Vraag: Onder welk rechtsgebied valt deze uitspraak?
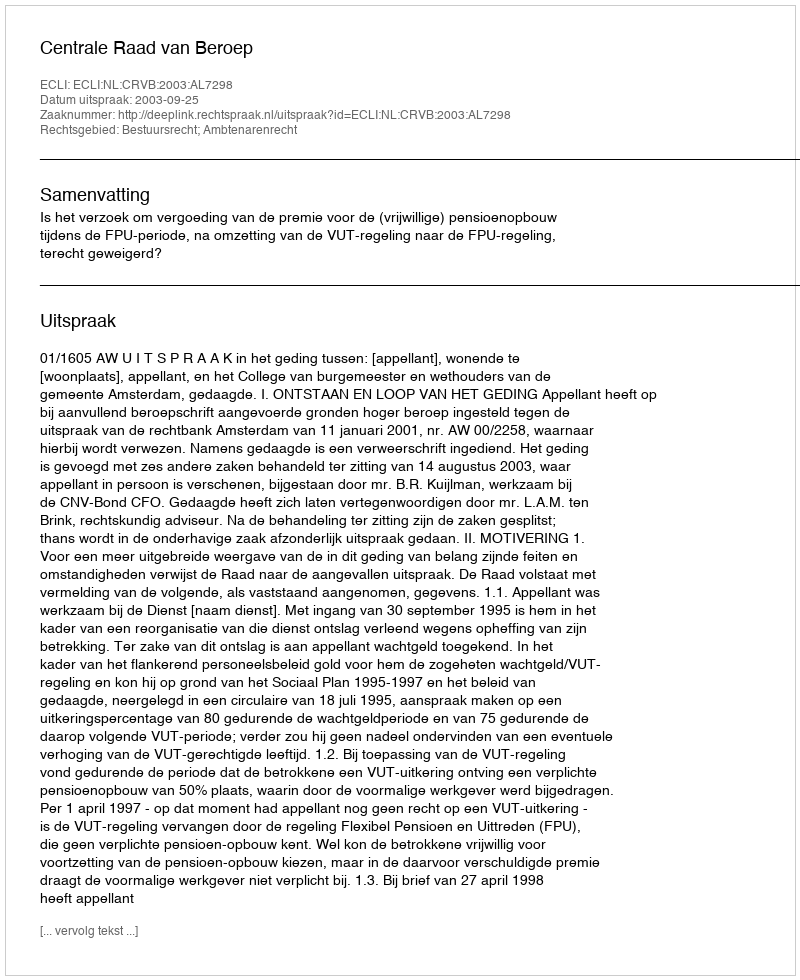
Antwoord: Bestuursrecht; Ambtenarenrecht